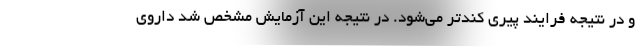
و در نتیجه فرایند پیری کندتر می‌شود. در نتیجه این آزمایش مشخص شد داروی